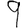
Digit: 9